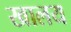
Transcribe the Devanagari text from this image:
खालय